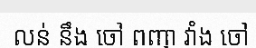
លន់ នឹង ចៅ ពញា វាំង ចៅ